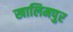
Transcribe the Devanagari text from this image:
खालिमपुर